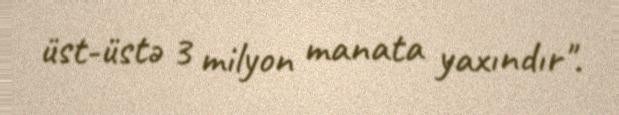
üst-üstə 3 milyon manata yaxındır".